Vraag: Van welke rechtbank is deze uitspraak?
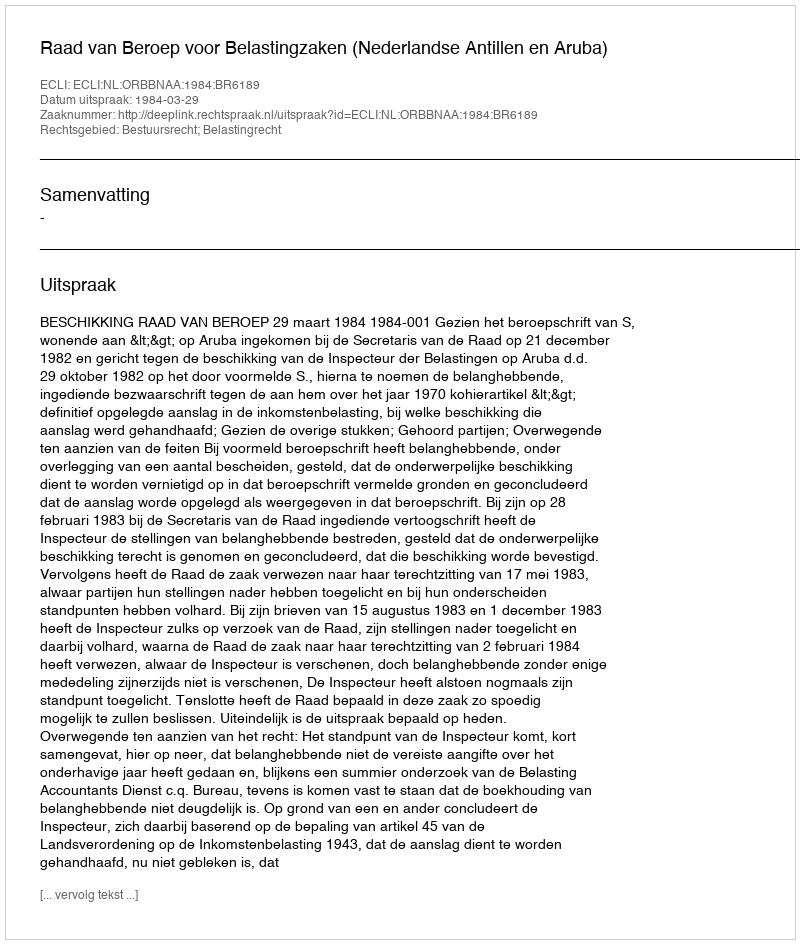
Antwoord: Raad van Beroep voor Belastingzaken (Nederlandse Antillen en Aruba)